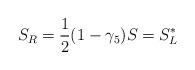
LaTeX: \begin{align*}S_{R} = \frac{1}{2} (1 - \gamma_{5}) S = S_{L}^{*}\end{align*}